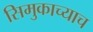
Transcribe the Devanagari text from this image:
सिमुकाच्याच